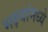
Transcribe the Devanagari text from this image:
भक्ष्यांमध्ये